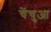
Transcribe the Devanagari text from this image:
चेंचुआ